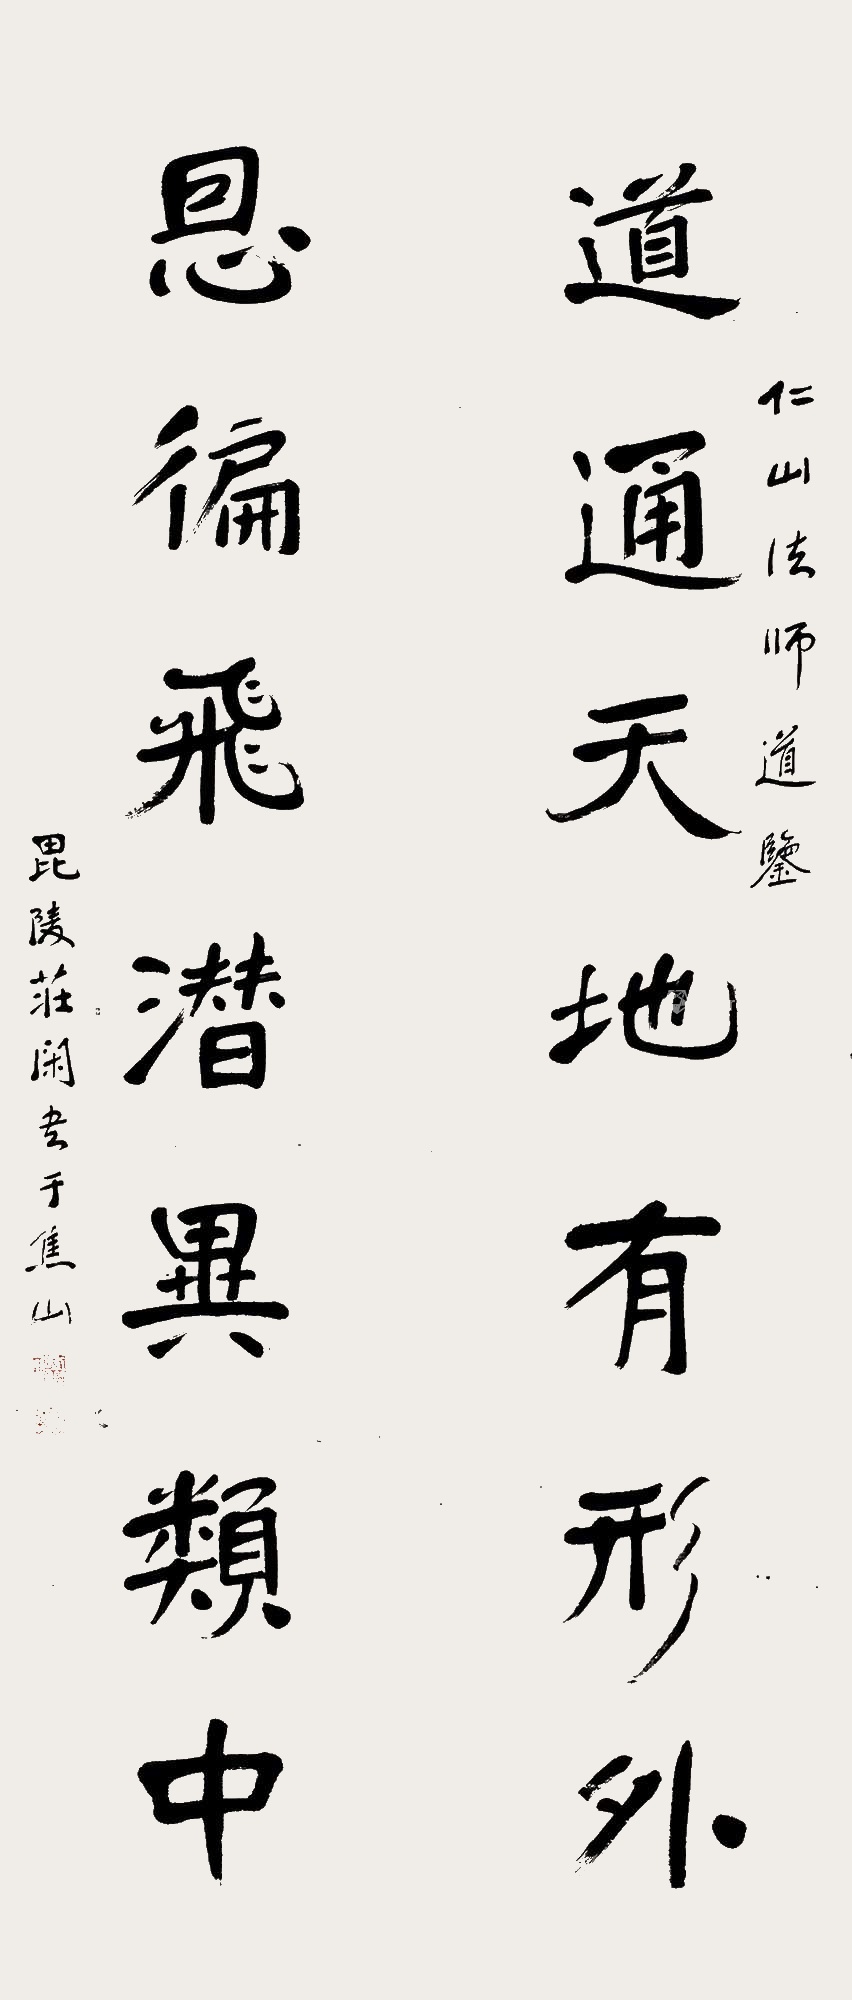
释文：道通天地有形外，思徧飞潜异类中。仁山法师道鉴，毘陵庄闲书于焦山。